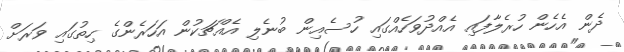
ދެން އެހެން ހުރެލާފައި އެއްދުވަހެއްގައި ހުސެއިން ބުނެލި އެއްޗަކުން އަހަރެންގެ ހިތުގައި ވަރަށް